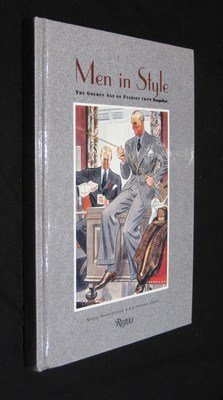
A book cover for Men in Style: The Golden Age of Fashion from Esquire; Woody Hochswender; Health, Fitness & Dieting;